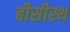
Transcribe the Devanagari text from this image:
बीसीस्थ